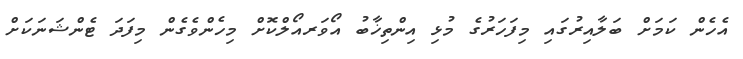
އެހެން ކަމަށް ބަލާއިރުގައި މިފަހަރުގެ މުޅި އިންތިޚާބު އޯވަރއޯލްކޮށް މިހެންވެގެން މިފަދަ ޓެންޝަނަކަށް